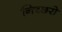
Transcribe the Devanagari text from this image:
निच्छरो